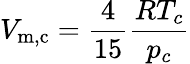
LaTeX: V_{\mathrm{m,c}}={\frac{4}{15}}{\frac{RT_{c}}{p_{c}}}